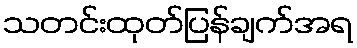
သတင်းထုတ်ပြန်ချက်အရ